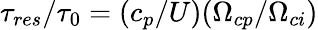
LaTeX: \tau_{res}/\tau_{0}=(c_{p}/U)(\Omega_{cp}/\Omega_{ci})